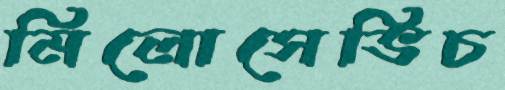
মিলোসেভিচ